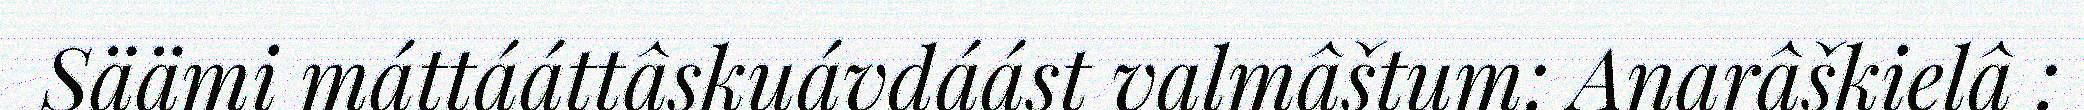
Säämi máttááttâskuávdáást valmâštum: Anarâškielâ :